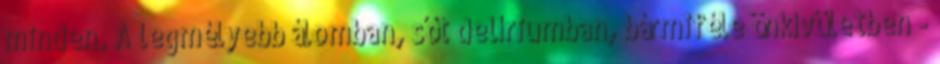
minden. A legmélyebb álomban, sőt delíriumban, bármiféle önkívületben -